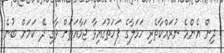
ދިން އެންމެ ނުރައްކާތެރި ހަމަލާގެ ފަހަތުގައިވާ ޖަމާއަތަށް ވާގި ދޭ ކަމަށް ބުނެ